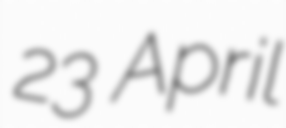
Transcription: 23 April